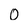
Character: 0